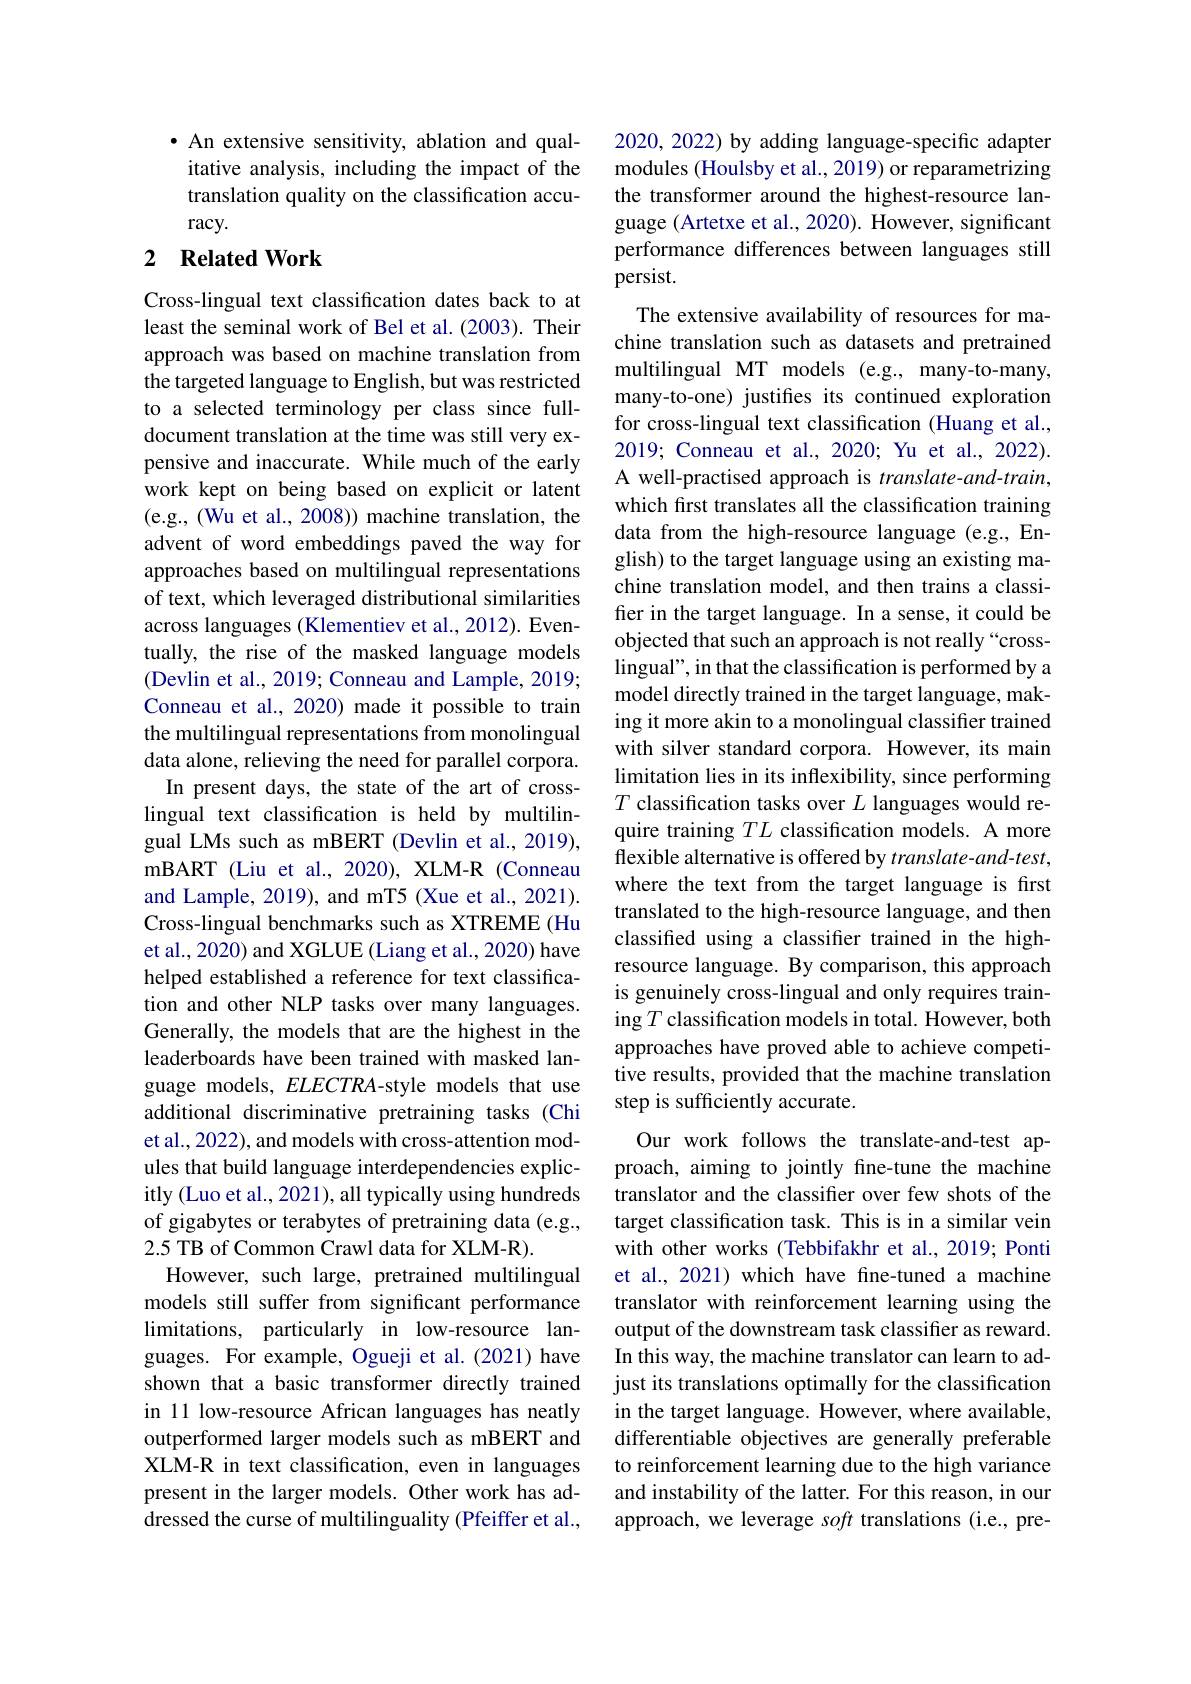
$\bullet$ An extensive sensitivity, ablation and qualitative analysis, including the impact of the translation quality on the classification accuracy.

## 2 $\textbf{Related Work}$

Cross-lingual text classification dates back to at least the seminal work of Bel et al. (2003). Their approach was based on machine translation from the targeted language to English, but was restricted to a selected terminology per class since fulldocument translation at the time was still very expensive and inaccurate. While much of the early work kept on being based on explicit or latent (e.g., (Wu et al., 2008)) machine translation, the advent of word embeddings paved the way for approaches based on multilingual representations of text, which leveraged distributional similarities across languages (Klementiev et al., 2012). Eventually, the rise of the masked language models (Devlin et al., 2019; Conneau and Lample, 2019; Conneau et al., 2020) made it possible to train the multilingual representations from monolingual data alone, relieving the need for parallel corpora.
In present days, the state of the art of crosslingual text classification is held by multilingual LMs such as mBERT (Devlin et al., 2019), mBART (Liu et al., 2020), XLM-R (Conneau and Lample, 2019), and mT5 (Xue et al., 2021). Cross-lingual benchmarks such as XTREME (Hu et al., 2020) and XGLUE (Liang et al., 2020) have helped established a reference for text classification and other NLP tasks over many languages. Generally, the models that are the highest in the leaderboards have been trained with masked language models, $ELECTRA$-style models that use additional discriminative pretraining tasks (Chi et al., 2022), and models with cross-attention modules that build language interdependencies explicitly (Luo et al., 2021), all typically using hundreds of gigabytes or terabytes of pretraining data (e.g., 2.5 TB of Common Crawl data for XLM-R).
However, such large, pretrained multilingual models still suffer from significant performance limitations, particularly in low-resource languages. For example, Ogueji et al.(2021) have shown that a basic transformer directly trained in 11 low-resource African languages has neatly outperformed larger models such as mBERT and XLM-R in text classification, even in languages present in the larger models. Other work has addressed the curse of multilinguality (Pfeiffer et al.,

2020, 2022) by adding language-specific adapter modules (Houlsby et al., 2019) or reparametrizing the transformer around the highest-resource language (Artetxe et al., 2020). However, significant performance differences between languages still persist.
The extensive availability of resources for machine translation such as datasets and pretrained multilingual MT models (e.g., many-to-many, many-to-one) justifies its continued exploration for cross-lingual text classification (Huang et al., 2019; Conneau et al., 2020; Yu et al., 2022). A well-practised approach is translate-and-train, which first translates all the classification training data from the high-resource language (e.g., English) to the target language using an existing machine translation model, and then trains a classifer in the target language. In a sense, it could be objected that such an approach is not really “crosslingual", in that the classification is performed by a model directly trained in the target language, making it more akin to a monolingual classifier trained with silver standard corpora. However, its main limitation lies in its inflexibility, since performing $T$ classification tasks over $L$ languages would require training $TL$ classification models. A more flexible alternative is offered by $translate-and-test$, where the text from the target language is first translated to the high-resource language, and then classified using a classifier trained in the highresource language. By comparison, this approach is genuinely cross-lingual and only requires training $T$ classification models in total. However, both approaches have proved able to achieve competitive results, provided that the machine translation step is sufficiently accurate.
Our work follows the translate-and-test approach, aiming to jointly fine-tune the machine translator and the classifier over few shots of the target classification task. This is in a similar vein with other works (Tebbifakhr et al.,2019; Ponti et al., 2021) which have fine-tuned a machine translator with reinforcement learning using the output of the downstream task classifier as reward. In this way, the machine translator can learn to adjust its translations optimally for the classification in the target language. However, where available, differentiable objectives are generally preferable to reinforcement learning due to the high variance and instability of the latter. For this reason, in our approach, we leverage soft translations (i.e., pre-